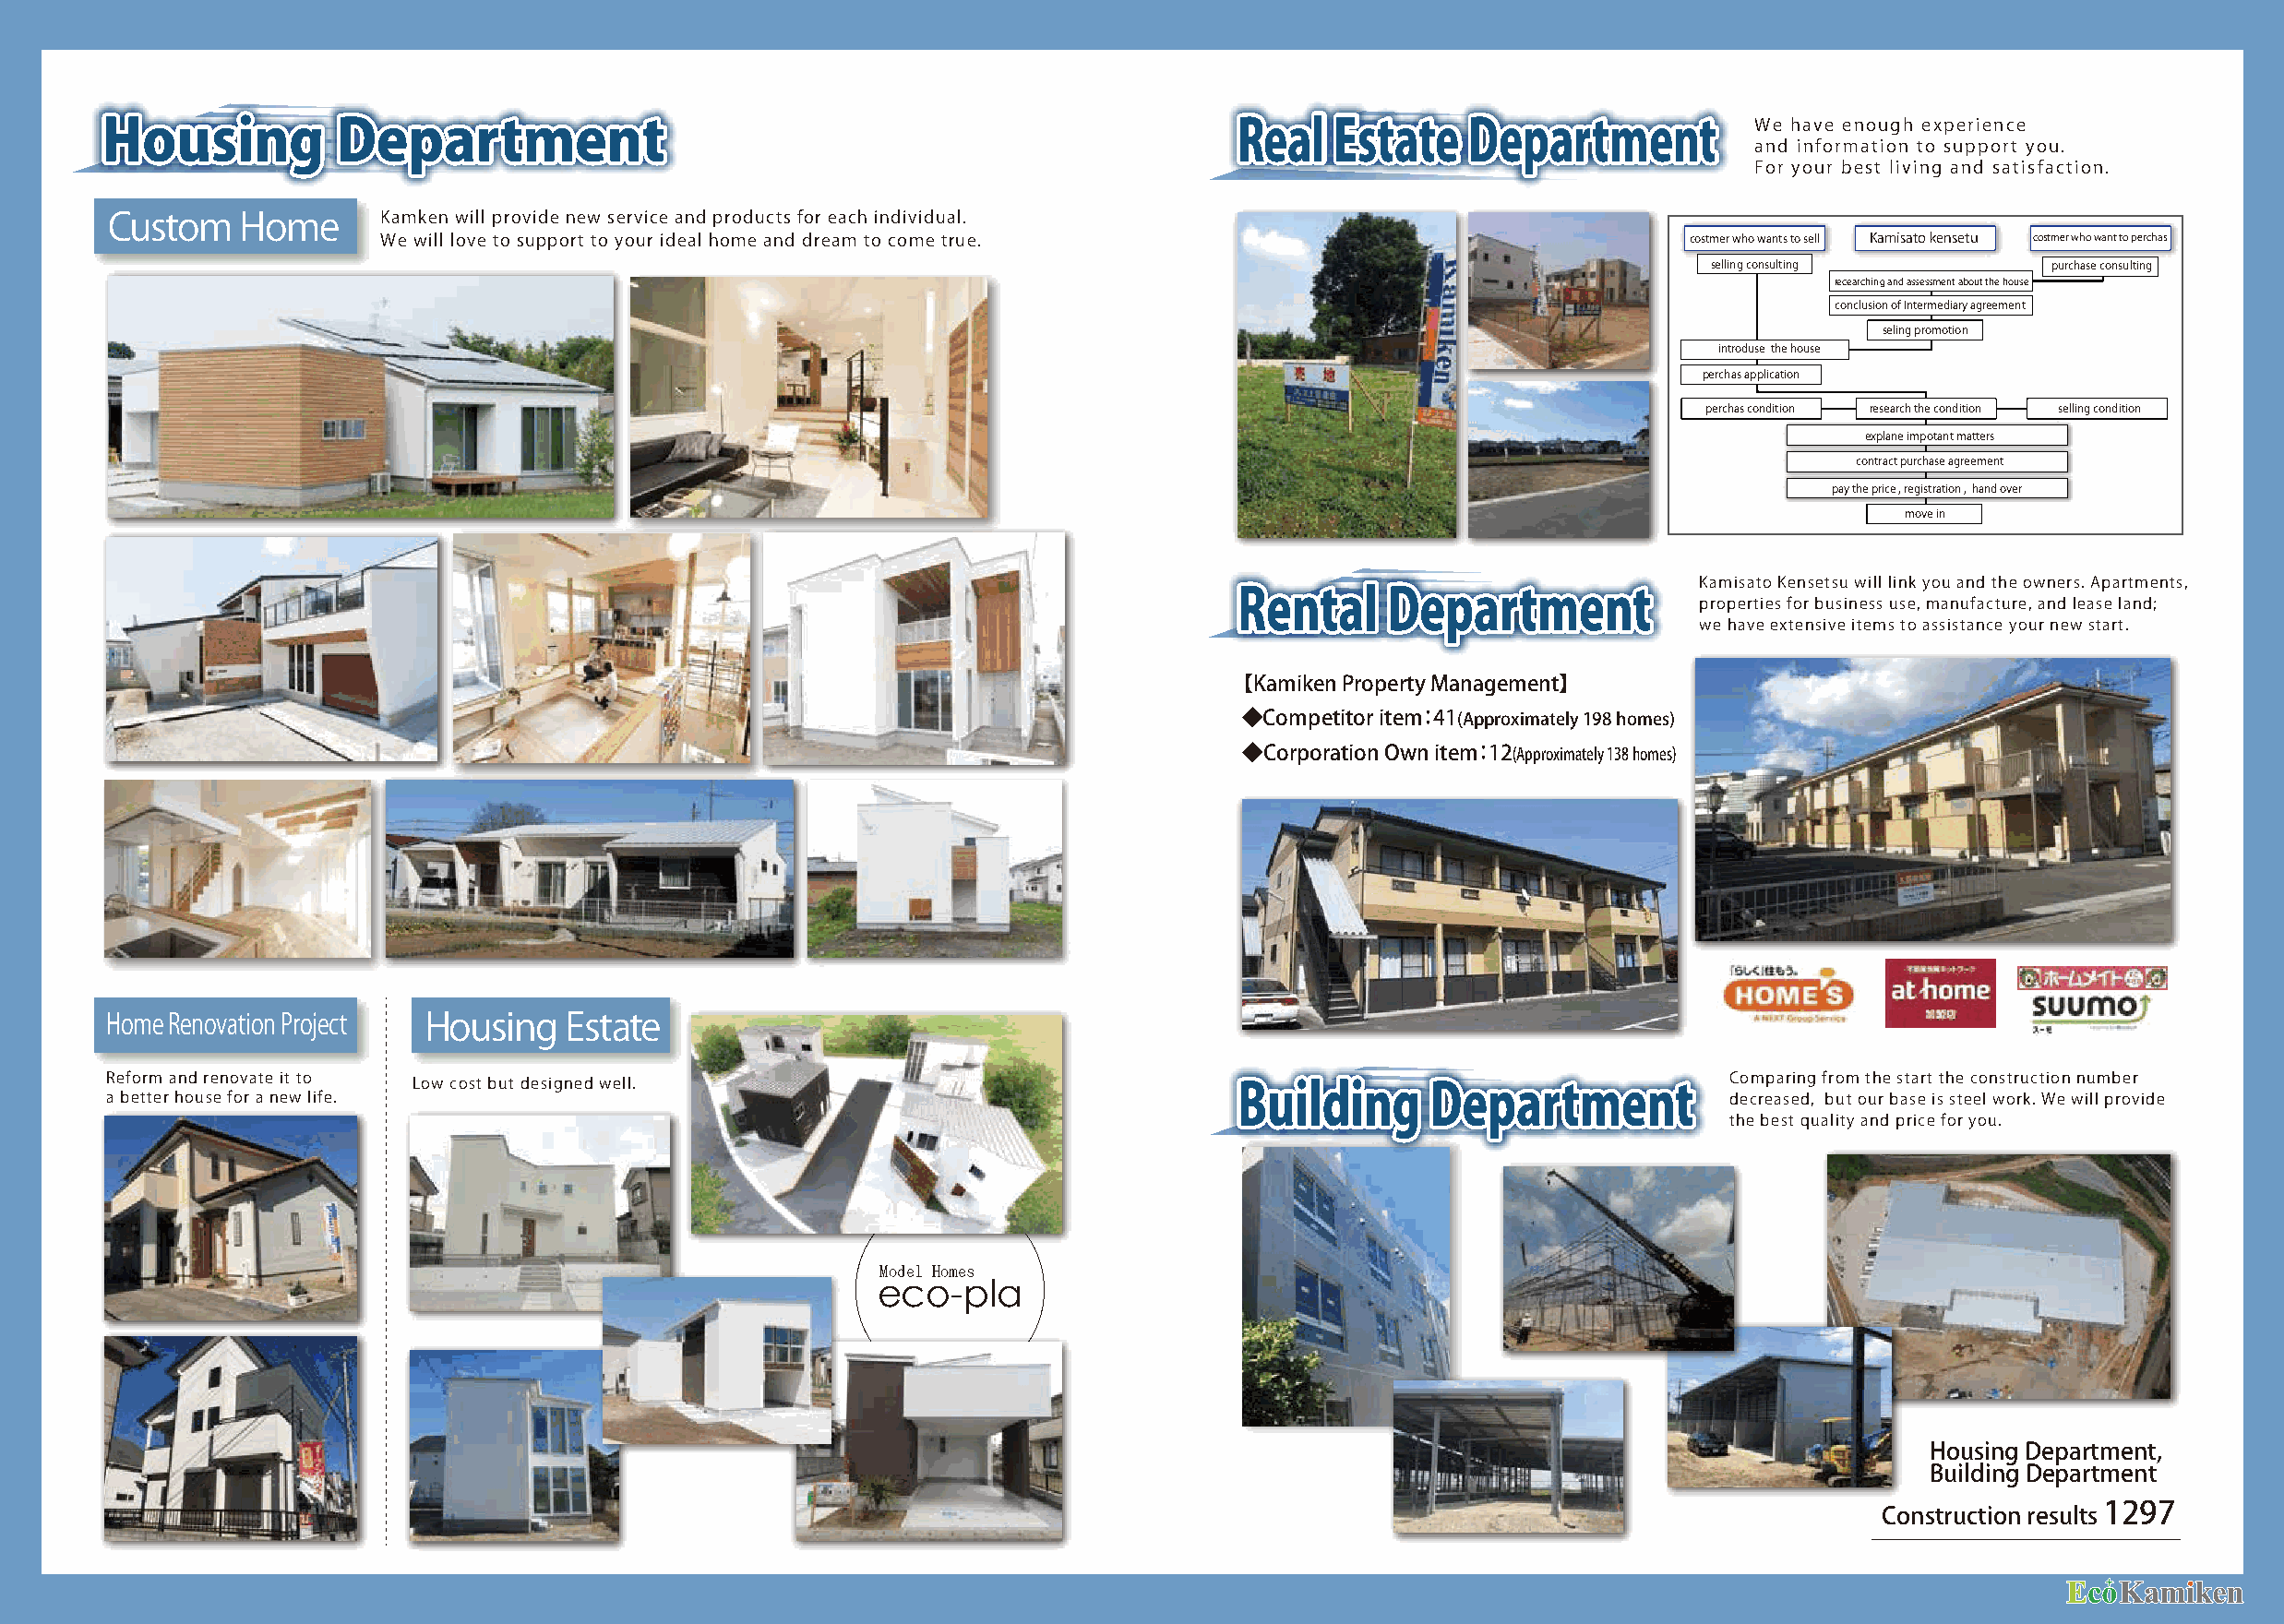
We have enough experience
 Housing          Department                                                       Real  Estate    Department
 and information to support you.
 For your best living and satisfaction.
 Custom   Home      Kamken will provide new service and products for each individual.
 We will love to support to your ideal home and dream to come true.                            costmer who wants to sell Kamisato kensetu costmer who want to perchas
 selling consulting       purchase consulting
 recearching and assessment about the house
 conclusion of Intermediary agreement
 seling promotion
 introduse the house
 perchas application
 perchas condition research the condition selling condition
 explane impotant matters
 contract purchase agreement
 pay the price , registration , hand over
 move in
 Kamisato Kensetsu will link you and the owners. Apartments,
 Rental    Department             properties for business use, manufacture, and lease land;
 we have extensive items to assistance your new start.
 【Kamiken Property Management】
 ◆Competitor item：41(Approximately 198 homes)
 ◆Corporation Own item：12(Approximately 138 homes)
 Home Renovation Project Housing  Estate
 Reform and renovate it to Low cost but designed well.                                                                Comparing from the start the construction number
 a better house for a new life.                                                    Building     Department            decreased, but our base is steel work. We will provide
 the best quality and price for you.
 Model Homes
 eco-pla
 Housing Department,
 Building Department
 Construction results 1297